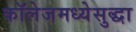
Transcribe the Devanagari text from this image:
कॉलेजमध्येसुद्धा